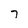
Character: 7